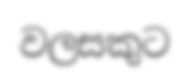
වලසකුට